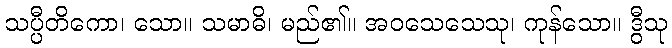
သပ္ပီတိကော၊ သော။ သမာဓိ၊ မည်၏။ အဝသေသေသု၊ ကုန်သော။ ဒွီသု